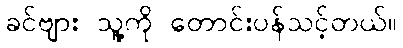
ခင်ဗျား သူ့ကို တောင်းပန်သင့်တယ်။